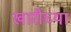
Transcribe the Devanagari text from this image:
खारीच्या